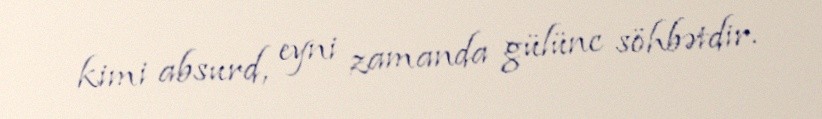
kimi absurd, eyni zamanda gülünc söhbətdir.